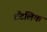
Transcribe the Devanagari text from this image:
टैंटलिक